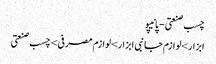
چسب صنعتی - پانیپو
ابزار>لوازم جانبی ابزار>لوازم مصرفی>چسب صنعتی